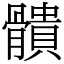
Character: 䯣